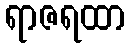
ရာဇရထာ